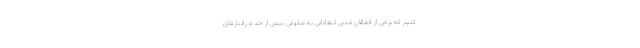
کنیم که برخی از فعالان مدنی انتقاداتی به شلوغی بیش از حد و رفتار‌های